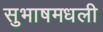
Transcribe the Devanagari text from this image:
सुभाषमधली